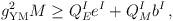
LaTeX: \begin{align*}g^2_{\rm YM} M \ge Q_E^I e^I +Q_M^I b^I \,,\end{align*}